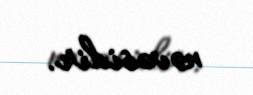
nəvəsidir.